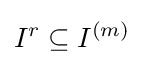
I^{r}\subseteq I^{(m)}